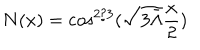
N ( x ) = \cos ^ { 2 / 3 } ( \sqrt { 3 \bar { \Lambda } } \frac x 2 )